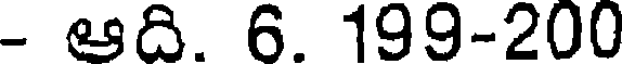
- ఆది. 6. 199-200